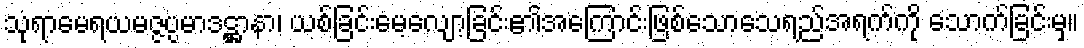
သုရာမေရယမဇ္ဇပ္ပမာဒဋ္ဌာနာ၊ ယစ်ခြင်းမေ့လျော့ခြင်း၏အကြောင်းဖြစ်သောသေရည်အရက်ကို သောက်ခြင်းမှ။